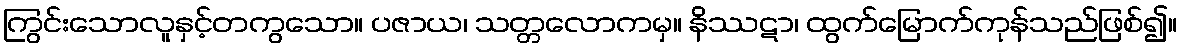
ကြွင်းသောလူနှင့်တကွသော။ ပဇာယ၊ သတ္တလောကမှ။ နိဿဋာ၊ ထွက်မြောက်ကုန်သည်ဖြစ်၍။